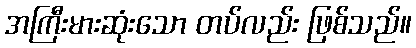
အကြီးမားဆုံးသော တပ်လည်း ဖြစ်သည်။